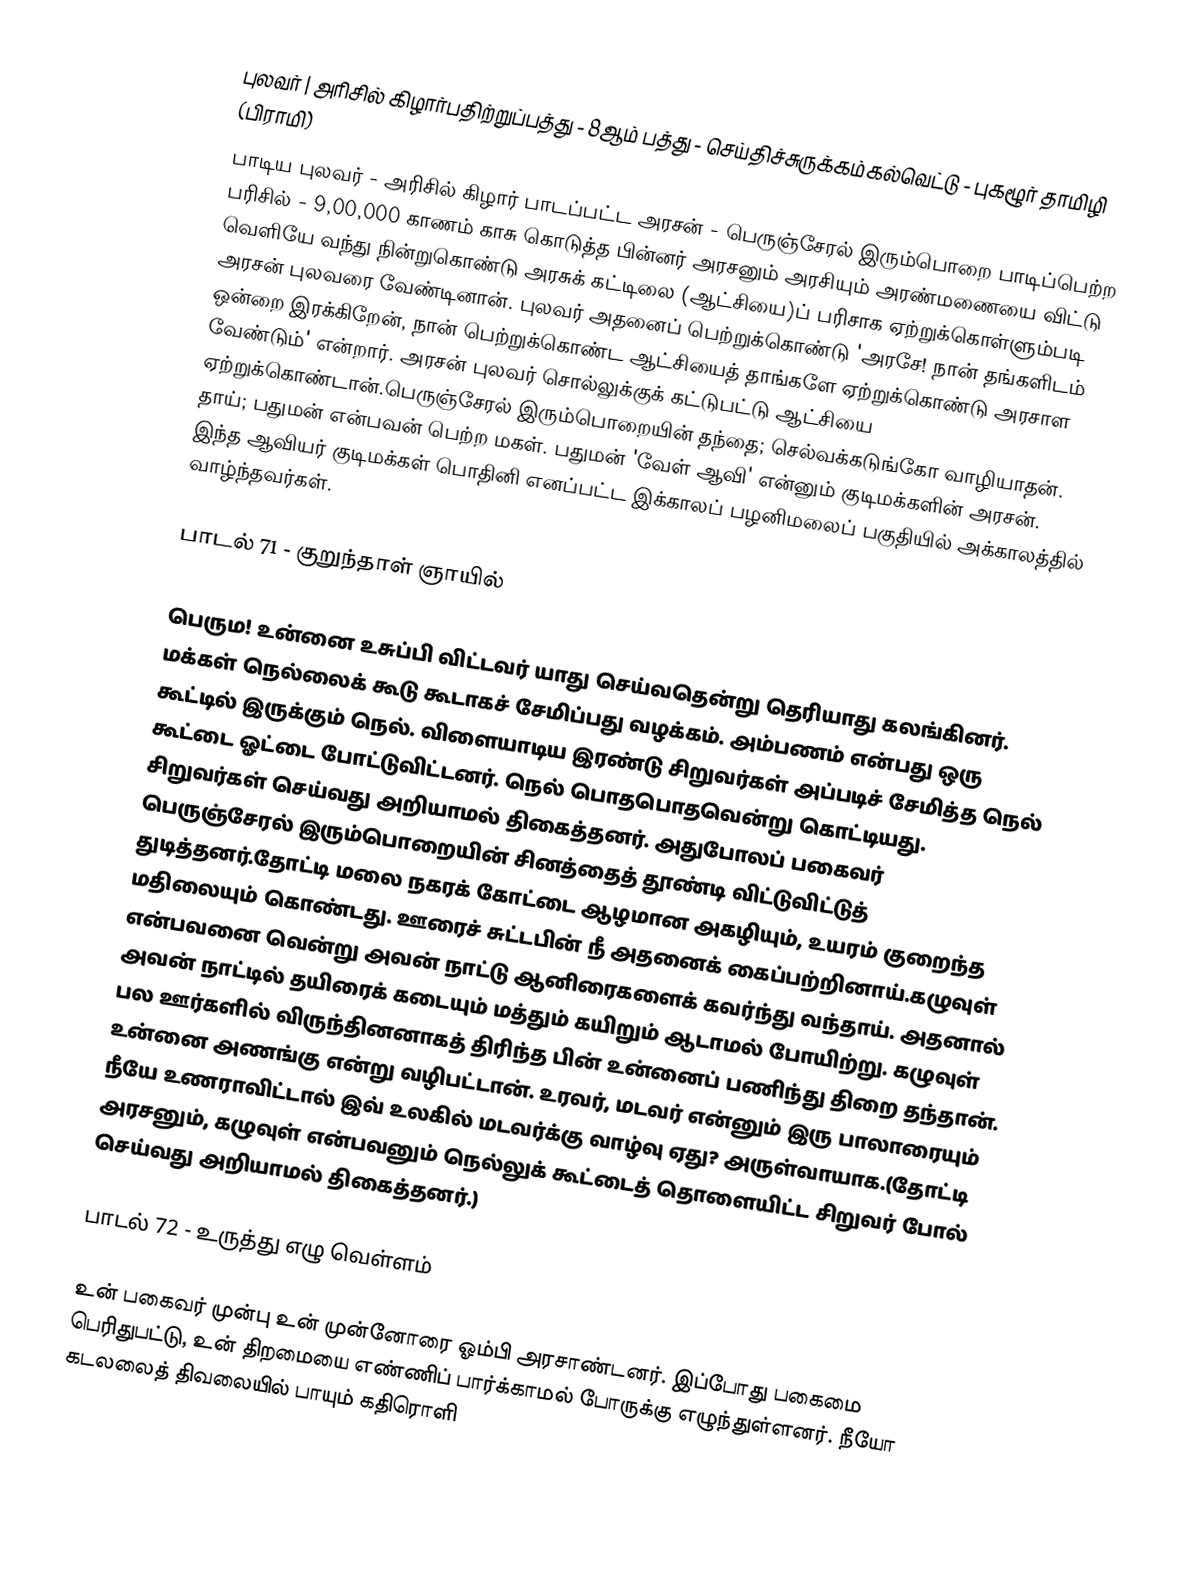
புலவர் | அரிசில் கிழார்பதிற்றுப்பத்து - 8ஆம் பத்து - செய்திச்சுருக்கம்கல்வெட்டு - புகழூர் தாமிழி (பிராமி)
பாடிய புலவர் - அரிசில் கிழார்  பாடப்பட்ட அரசன் - பெருஞ்சேரல் இரும்பொறை  பாடிப்பெற்ற பரிசில் - 9,00,000 காணம் காசு கொடுத்த பின்னர் அரசனும் அரசியும் அரண்மணையை விட்டு வெளியே வந்து நின்றுகொண்டு அரசுக் கட்டிலை (ஆட்சியை)ப் பரிசாக ஏற்றுக்கொள்ளும்படி அரசன் புலவரை வேண்டினான். புலவர் அதனைப் பெற்றுக்கொண்டு 'அரசே! நான் தங்களிடம் ஒன்றை இரக்கிறேன், நான் பெற்றுக்கொண்ட ஆட்சியைத் தாங்களே ஏற்றுக்கொண்டு அரசாள வேண்டும்' என்றார். அரசன் புலவர் சொல்லுக்குக் கட்டுபட்டு ஆட்சியை ஏற்றுக்கொண்டான்.பெருஞ்சேரல் இரும்பொறையின் தந்தை; செல்வக்கடுங்கோ வாழியாதன். தாய்; பதுமன் என்பவன் பெற்ற மகள். பதுமன் 'வேள் ஆவி' என்னும் குடிமக்களின் அரசன். இந்த ஆவியர் குடிமக்கள் பொதினி எனப்பட்ட இக்காலப் பழனிமலைப் பகுதியில் அக்காலத்தில் வாழ்ந்தவர்கள்.

பாடல் 71 - குறுந்தாள் ஞாயில்

பெரும! உன்னை உசுப்பி விட்டவர் யாது செய்வதென்று தெரியாது கலங்கினர். மக்கள் நெல்லைக் கூடு கூடாகச் சேமிப்பது வழக்கம். அம்பணம் என்பது ஒரு கூட்டில் இருக்கும் நெல். விளையாடிய இரண்டு சிறுவர்கள் அப்படிச் சேமித்த நெல் கூட்டை ஓட்டை போட்டுவிட்டனர். நெல் பொதபொதவென்று கொட்டியது. சிறுவர்கள் செய்வது அறியாமல் திகைத்தனர். அதுபோலப் பகைவர் பெருஞ்சேரல் இரும்பொறையின் சினத்தைத் தூண்டி விட்டுவிட்டுத் துடித்தனர்.தோட்டி மலை நகரக் கோட்டை ஆழமான அகழியும், உயரம் குறைந்த மதிலையும் கொண்டது. ஊரைச் சுட்டபின் நீ அதனைக் கைப்பற்றினாய்.கழுவுள் என்பவனை வென்று அவன் நாட்டு ஆனிரைகளைக் கவர்ந்து வந்தாய். அதனால் அவன் நாட்டில் தயிரைக் கடையும் மத்தும் கயிறும் ஆடாமல் போயிற்று. கழுவுள் பல ஊர்களில் விருந்தினனாகத் திரிந்த பின் உன்னைப் பணிந்து திறை தந்தான். உன்னை அணங்கு என்று வழிபட்டான். உரவர், மடவர் என்னும் இரு பாலாரையும் நீயே உணராவிட்டால் இவ் உலகில் மடவர்க்கு வாழ்வு ஏது? அருள்வாயாக.(தோட்டி அரசனும், கழுவுள் என்பவனும் நெல்லுக் கூட்டைத் தொளையிட்ட சிறுவர் போல் செய்வது அறியாமல் திகைத்தனர்.)

பாடல் 72 - உருத்து எழு வெள்ளம்

உன் பகைவர் முன்பு உன் முன்னோரை ஓம்பி அரசாண்டனர். இப்போது பகைமை பெரிதுபட்டு, உன் திறமையை எண்ணிப் பார்க்காமல் போருக்கு எழுந்துள்ளனர். நீயோ கடலலைத் திவலையில் பாயும் கதிரொளி